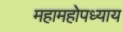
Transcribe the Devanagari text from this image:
महामहोपध्याय